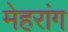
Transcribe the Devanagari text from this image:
मेहरांग